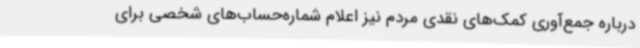
درباره جمع‌آوری کمک‌های نقدی مردم نیز اعلام شماره‌حساب‌های شخصی برای